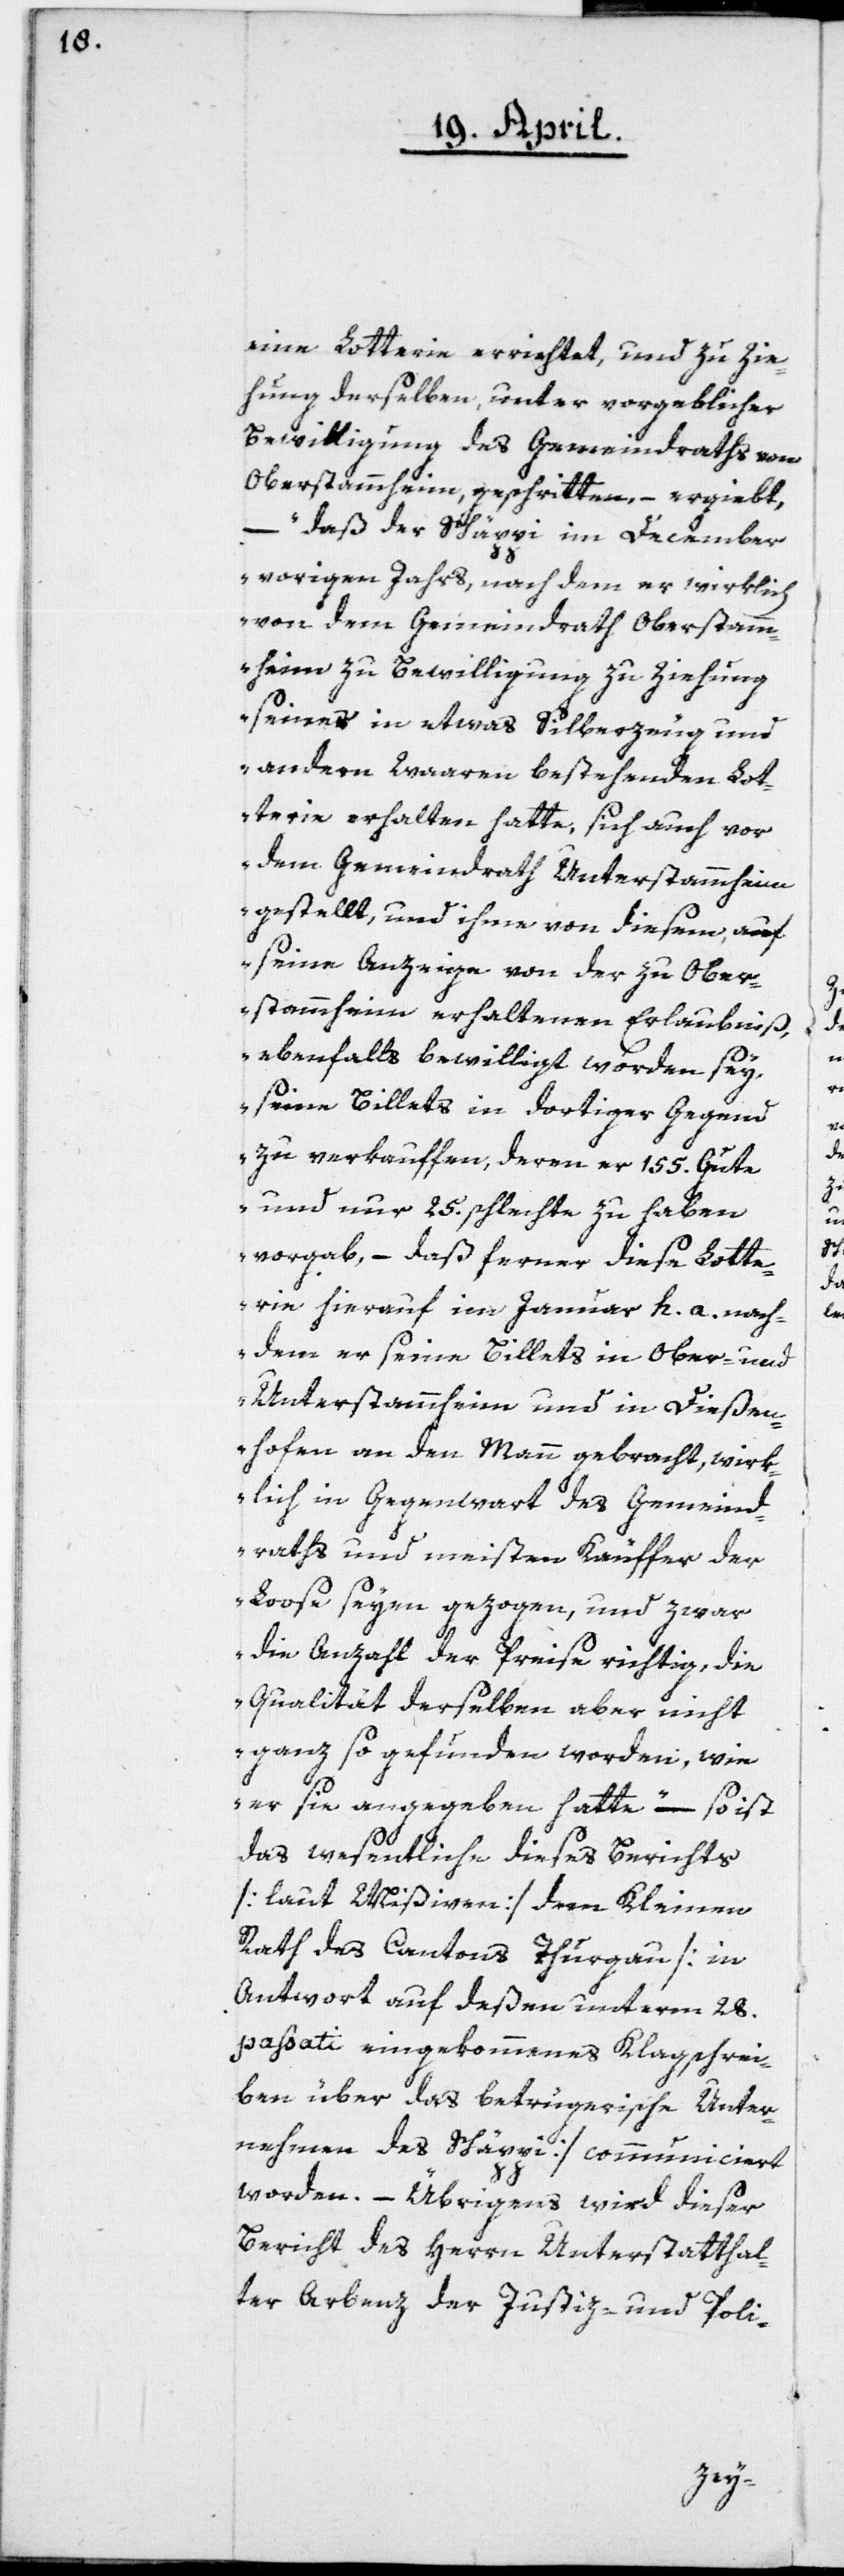
eine Lotterie errichtet, und zu Zie¬
hung derselben, unter vorgeblicher
Bewilligung des Gemeindraths von
Oberstammheim, geschritten, – ergiebt,
– „daß der Schäppi im December
vorigen Jahrs, nachdem er wirklich
von dem Gemeindrath Oberstamm¬
heim zu Bewilligung zu Ziehung
seines in etwas Silberzeug und
anderen Waaren bestehenden Lot¬
terie erhalten hatte, sich auch vor
dem Gemeinderath Unterstammheim
gestellt, und ihme von diesem, auf
seine Anzeige von der zu Ober¬
stammheim erhaltenen Erlaubniß,
ebenfalls bewilligt worden sey,
seine Billets in dortiger Gegend
zu verkauffen, deren er 155. Gute
und nur 25. schlechte zu haben
vorgab, – daß ferner diese Lotte¬
rie hierauf im Januar h. a. nach¬
dem seine Billets in Ober- und
Unterstammheim und in Dießen¬
hofen an den Mann gebracht, wirk¬
lich in Gegenwart des Gemeind¬
raths und meisten Käuffer der
Loose seyen gezogen, und zwar
die Anzahl der Preise richtig, die
Qualität derselben aber nicht
ganz so gefunden worden, wie
er sie ausgegeben hatte“ – so ist
das wesentliche dieses Berichts
[laut Mißiven] dem Kleinen
Rath des Cantons Thurgau [in
Antwort auf deßen unterm 28.
passati eingekommenes Klagschrei¬
ben über das betrügerische Unter¬
nehmen des Schäppi] communiciert
worden. – Übrigens wird dieser
Bericht des Herren Unterstatthal¬
ter Arbenz der Justiz- und Poli-